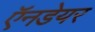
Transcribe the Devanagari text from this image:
ऍनडेयर